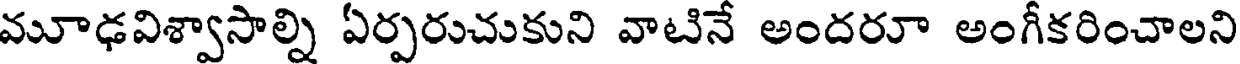
మూఢవిశ్వాసాల్ని ఏర్పరుచుకుని వాటినే అందరూ అంగీకరించాలని